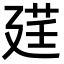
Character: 𫸓